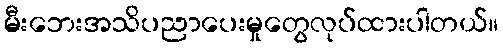
မီးဘေးအသိပညာပေးမှုတွေလုပ်ထားပါတယ်။